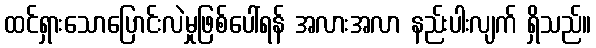
ထင်ရှားသောပြောင်းလဲမှုဖြစ်ပေါ်ရန် အလားအလာ နည်းပါးလျက် ရှိသည်။